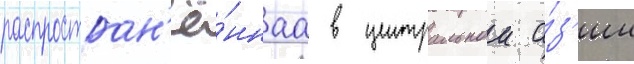
распростран'ё́ннаа в центральнои а́з'ии